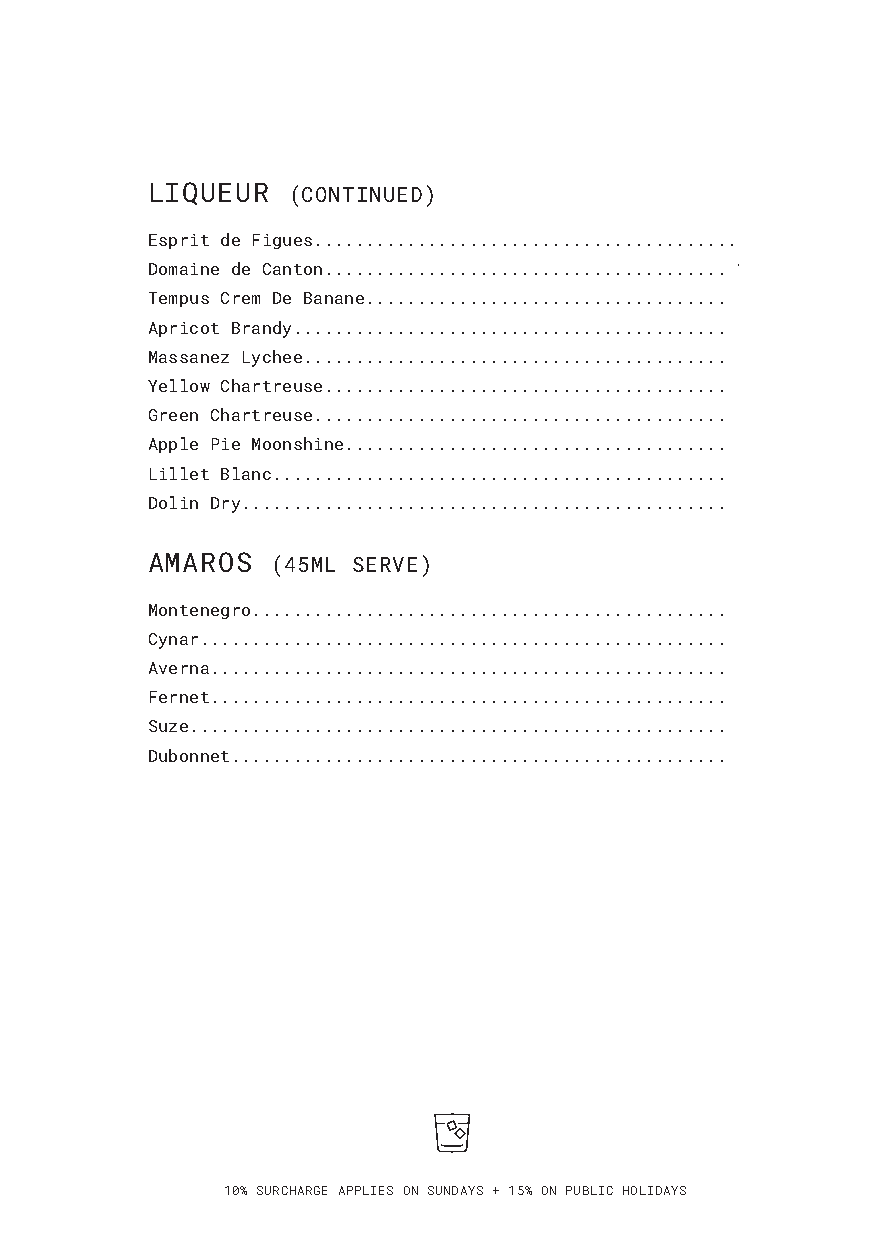
LIQUEUR  (CONTINUED)
 Esprit de Figues......................................... 8
 Domaine de Canton....................................... 11
 Tempus Crem De Banane................................... 10
 Apricot Brandy........................................... 8
 Massanez Lychee.......................................... 8
 Yellow Chartreuse....................................... 13
 Green Chartreuse........................................ 13
 Apple Pie Moonshine..................................... 12
 Lillet Blanc. ........................................... 11
 Dolin Dry. .............................................. 10
 AMAROS  (45ML SERVE)
 Montenegro. ............................................. 13
 Cynar. .................................................. 13
 Averna. ................................................. 13
 Fernet. ................................................. 13
 Suze. ................................................... 13
 Dubonnet. ............................................... 13
 10% SURCHARGE APPLIES ON SUNDAYS + 15% ON PUBLIC HOLIDAYS